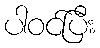
ပါဝင်ပြီး